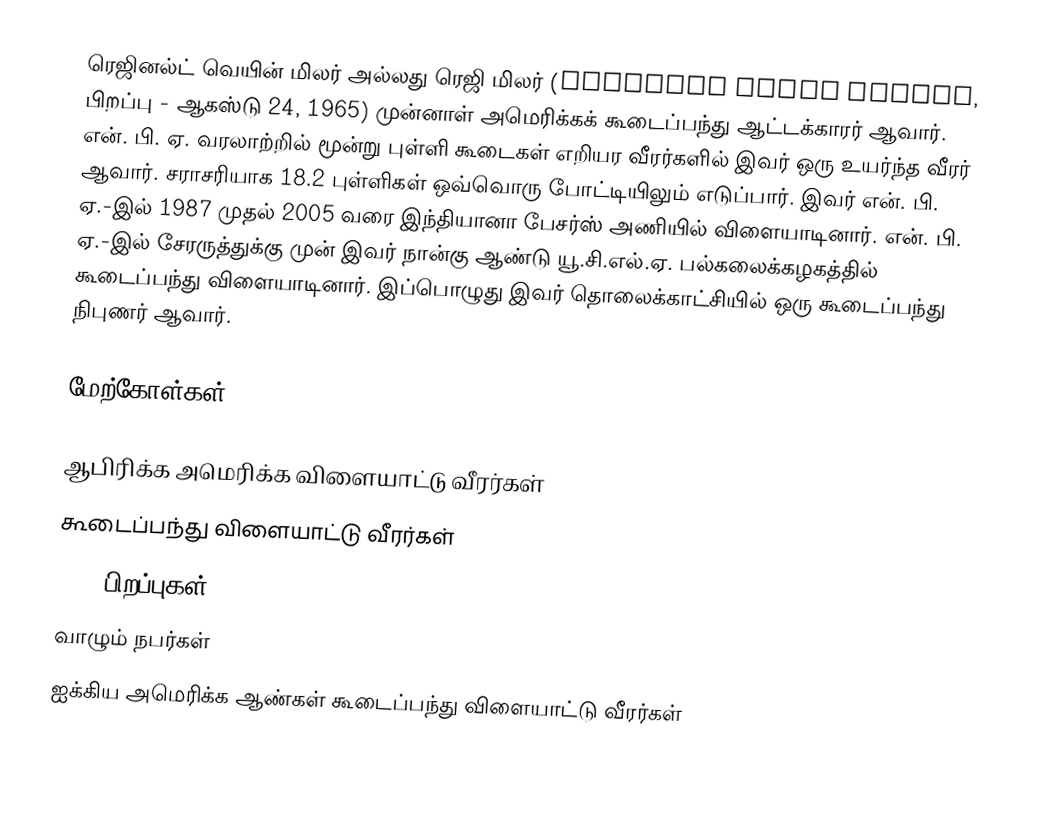
ரெஜினல்ட் வெயின் மிலர் அல்லது ரெஜி மிலர் (Reginald Wayne Miller, பிறப்பு - ஆகஸ்டு 24, 1965) முன்னாள் அமெரிக்கக் கூடைப்பந்து ஆட்டக்காரர் ஆவார். என். பி. ஏ. வரலாற்றில் மூன்று புள்ளி கூடைகள் எறியர வீரர்களில் இவர் ஒரு உயர்ந்த வீரர் ஆவார். சராசரியாக 18.2 புள்ளிகள் ஒவ்வொரு போட்டியிலும் எடுப்பார். இவர் என். பி. ஏ.-இல் 1987 முதல் 2005 வரை இந்தியானா பேசர்ஸ் அணியில் விளையாடினார். என். பி. ஏ.-இல் சேரருத்துக்கு முன் இவர் நான்கு ஆண்டு யூ.சி.எல்.ஏ. பல்கலைக்கழகத்தில் கூடைப்பந்து விளையாடினார். இப்பொழுது இவர் தொலைக்காட்சியில் ஒரு கூடைப்பந்து நிபுணர் ஆவார்.

மேற்கோள்கள்

ஆபிரிக்க அமெரிக்க விளையாட்டு வீரர்கள்
கூடைப்பந்து விளையாட்டு வீரர்கள்
1965 பிறப்புகள்
வாழும் நபர்கள்
ஐக்கிய அமெரிக்க ஆண்கள் கூடைப்பந்து விளையாட்டு வீரர்கள்